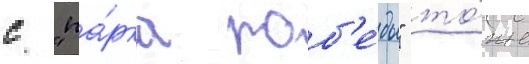
с "па́рка поб'е́ды" то́же